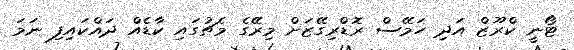
ޓޯނީ ކްރޫޒް އަދި ހަމޭސް ރޮޑްރިގޭޒަށް މިރޭގެ މެޗުގައި ކާޑެއް ދައްކައިފި ނަމަ